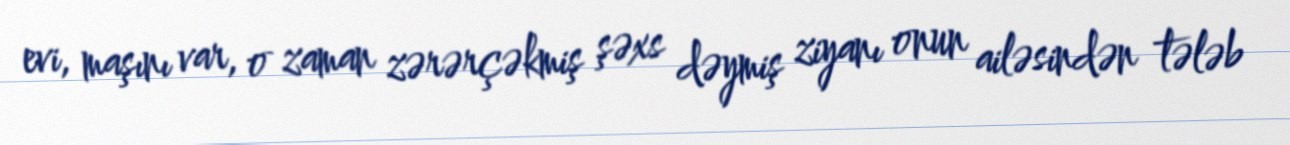
evi, maşını var, o zaman zərərçəkmiş şəxs dəymiş ziyanı onun ailəsindən tələb